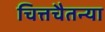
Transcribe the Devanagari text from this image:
चित्तचैतन्या